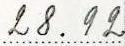
28.92